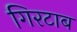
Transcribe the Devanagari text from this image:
गिरटाब